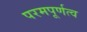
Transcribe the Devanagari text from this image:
परमपूर्णत्व